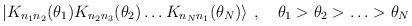
\begin{align*}\left| K_{n_{1}n_{2}}(\theta _{1})K_{n_{2}n_{3}}(\theta _{2})\ldots K_{n_{N}n_{1}}(\theta _{N})\right\rangle \: ,\quad \theta _{1}>\theta _{2}>\ldots >\theta _{N}\end{align*}